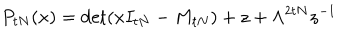
P _ { t N } ( x ) = \det ( x I _ { t N } - M _ { t N } ) + z + \Lambda ^ { 2 t N } z ^ { - 1 }